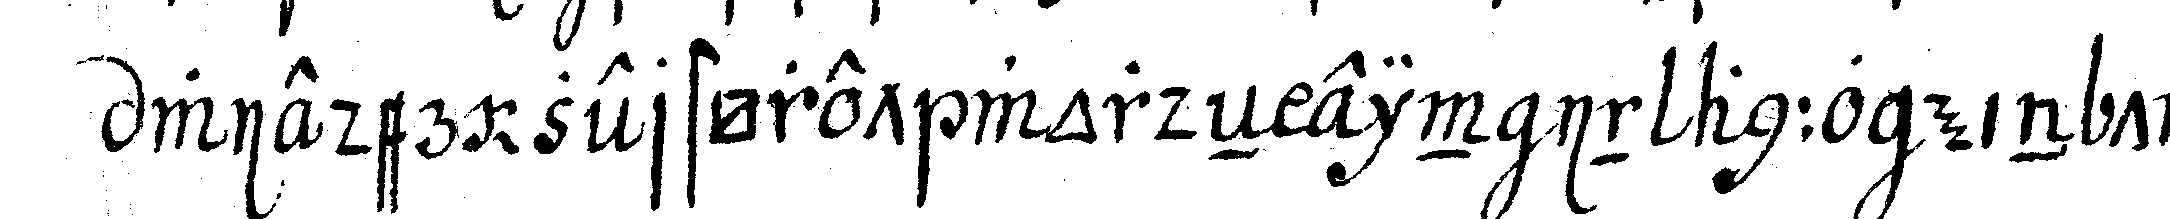
wieder zerstöret wordeN ein in anno ein tau